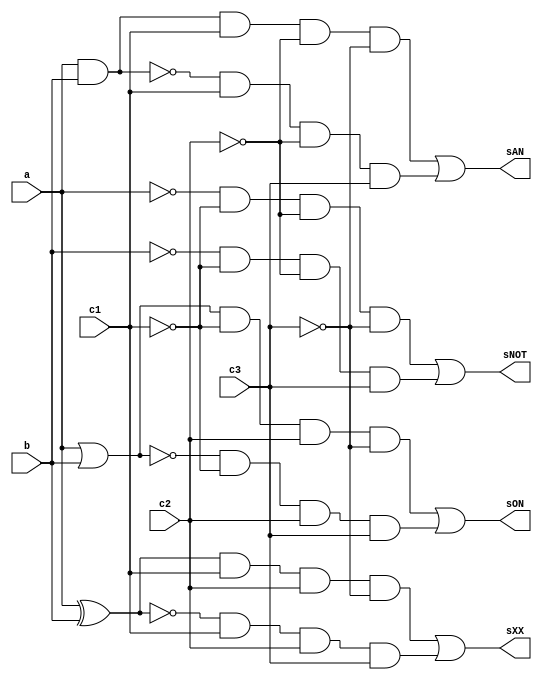
// ------------------------- 
// Exemplo0035
// Nome: Mateus Lara Carvalho
// ------------------------- 

module LU (output sNOT, output sON, output sAN, output sXX, 
			  input a, input b, input c1, input c2, input c3);
			  
	wire notC1,notC2,notC3,notA,notB,orAB,norAB,andAB,nandAB,
		  xorAB,xnorAB,and1,and2,and3,and4,and5,and6,and7,and8;
	
	not NOT1   (notC1, c1);
	not NOT2   (notC2, c2);
	not NOT3   (notC3, c3);
	not NOT4   (notA, a);
	not NOT5   (notB, b);
	or  OR1    (orAB, a, b);
	nor NOR1   (norAB, a, b);
	and AND1   (andAB, a, b);
	nand NAND1 (nandAB, a, b);
	xor XOR1   (xorAB, a, b);
	xnor XNOR1 (xnorAB, a, b);
	and AND2   (and1, notA, notC1, notC2, notC3);
	and AND3   (and2, notB, notC1, notC2, c3);
	and AND4   (and3, orAB, notC1, c2, notC3);
	and AND5   (and4, norAB, notC1, c2, c3);
	and AND6   (and5, andAB, c1, notC2, notC3);
	and AND7   (and6, nandAB, c1, notC2, c3);
	and AND8   (and7, xorAB, c1, c2, notC3);
	and AND9   (and8, xnorAB, c1, c2, c3);
	or OR2     (sNOT, and1, and2);
	or OR3     (sON, and3, and4);
	or OR4     (sAN, and5, and6);
	or OR5     (sXX, and7, and8);
endmodule 

module test_LU;
// -------- definir dados
   reg x;
	reg y;
	reg c1;
	reg c2;
	reg c3;
	wire m;
	wire n;
	wire o;
	wire p;
	
	LU modulo (m, n, o, p, x, y, c1, c2, c3);
	
	initial begin: start
		x = 0; 
		y = 0;
		c1= 0;
		c2= 0;
		c3= 0;
	end
	
// -------- parte principal
   initial begin
      $display("Exemplo0035 - Mateus Lara Carvalho - 441700");
      $display("Test LU's module");
		$display ("--- CHAVE = 000 ---");
      $monitor("a = %b sNOTA = %b",x,m);  
		#1 
		x = 1; c1 = 0; c2 = 0; c3 = 0; 
		#1
		$display ("--- CHAVE = 001 ---");
		$monitor("b = %b sNOTB = %b",y,m);
		y = 0; c1 = 0; c2 = 0; c3 = 1;
		#1
		y = 1; c1 = 0; c2 = 0; c3 = 1;
		#1
		$display ("--- CHAVE = 010 ---");
		$monitor("a = %b b = %b sOR = %b",x,y,n);
		x = 0; y = 0; c1 = 0; c2 = 1; c3 = 0;
		#1
		x = 0; y = 1; c1 = 0; c2 = 1; c3 = 0;
		#1 
		x = 1; y = 0; c1 = 0; c2 = 1; c3 = 0;
		#1 
		x = 1; y = 1; c1 = 0; c2 = 1; c3 = 0;
		#1
		$display ("--- CHAVE = 011 ---");
		$monitor("a = %b b = %b sNOR = %b",x,y,n);
		x = 0; y = 0; c1 = 0; c2 = 1; c3 = 1;
		#1
		x = 0; y = 1; c1 = 0; c2 = 1; c3 = 1;
		#1 
		x = 1; y = 0; c1 = 0; c2 = 1; c3 = 1;
		#1 
		x = 1; y = 1; c1 = 0; c2 = 1; c3 = 1;		
		#1
		$display ("--- CHAVE = 100 ---");
		$monitor("a = %b b = %b sAND = %b",x,y,o);
		x = 0; y = 0; c1 = 1; c2 = 0; c3 = 0;
		#1
		x = 0; y = 1; c1 = 1; c2 = 0; c3 = 0;
		#1 
		x = 1; y = 0; c1 = 1; c2 = 0; c3 = 0;
		#1 
		x = 1; y = 1; c1 = 1; c2 = 0; c3 = 0;		
		#1
		$display ("--- CHAVE = 101 ---");
		$monitor("a = %b b = %b sNAND = %b",x,y,o);
		x = 0; y = 0; c1 = 1; c2 = 0; c3 = 1;
		#1
		x = 0; y = 1; c1 = 1; c2 = 0; c3 = 1;
		#1 
		x = 1; y = 0; c1 = 1; c2 = 0; c3 = 1;
		#1 
		x = 1; y = 1; c1 = 1; c2 = 0; c3 = 1;		
		#1
		$display ("--- CHAVE = 110 ---");
		$monitor("a = %b b = %b sXOR = %b",x,y,p);
		x = 0; y = 0; c1 = 1; c2 = 1; c3 = 0;
		#1
		x = 0; y = 1; c1 = 1; c2 = 1; c3 = 0;
		#1 
		x = 1; y = 0; c1 = 1; c2 = 1; c3 = 0;
		#1 
		x = 1; y = 1; c1 = 1; c2 = 1; c3 = 0;
		#1
		$display ("--- CHAVE = 111 ---");
		$monitor("a = %b b = %b sXNOR = %b",x,y,p);
		x = 0; y = 0; c1 = 1; c2 = 1; c3 = 1;
		#1
		x = 0; y = 1; c1 = 1; c2 = 1; c3 = 1;
		#1 
		x = 1; y = 0; c1 = 1; c2 = 1; c3 = 1;
		#1 
		x = 1; y = 1; c1 = 1; c2 = 1; c3 = 1;						
   end
endmodule // test_LU